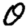
Digit: 0